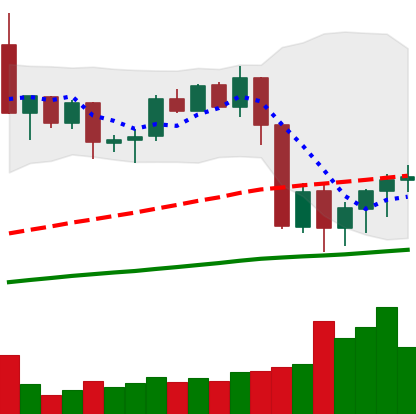
Ticker: XMR-USD
Chart end date: 2020-09-09
Forward return: 9.802%
Label: up_7plus